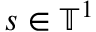
s \in \ensuremath { \mathbb { T } } ^ { 1 }